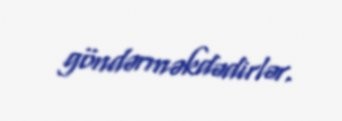
göndərməkdədirlər.